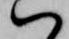
ハ